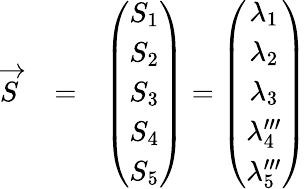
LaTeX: \begin{array}{rlr}{\overrightarrow{S}}&{{}=}&{\left(\begin{array}{c}{S_{1}}\\ {S_{2}}\\ {S_{3}}\\ {S_{4}}\\ {S_{5}}\end{array}\right)=\left(\begin{array}{c}{\lambda_{1}}\\ {\lambda_{2}}\\ {\lambda_{3}}\\ {\lambda_{4}^{\prime\prime\prime}}\\ {\lambda_{5}^{\prime\prime\prime}}\end{array}\right)}\end{array}